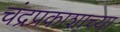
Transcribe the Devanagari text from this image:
चंद्रप्रकाशाच्या